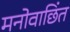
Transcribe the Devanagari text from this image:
मनोवाछिंत